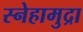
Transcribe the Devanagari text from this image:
स्नेहामुद्रा